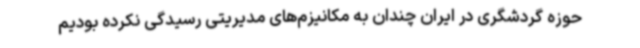
حوزه گردشگری در ایران چندان به مکانیزم‌های مدیریتی رسیدگی نکرده‌ بودیم